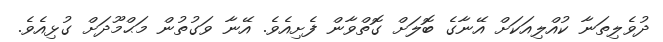
ދުވެލިތަނާ ކުއްލިއަކަށް އޭނާގެ ބޮލަށް ގޮތްވާން ފެށިއެވެ. އޭނާ ވަގުތުން މަޙްމޫދަށް ގުޅިއެވެ.